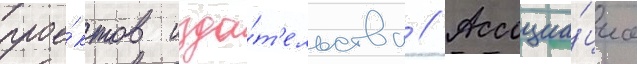
прое́ктов изда́т'ельства // Ассоциа́циа